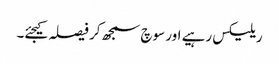
ریلیکس رہیے اور سوچ سمجھ کر فیصلہ کیجئے۔